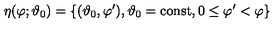
\eta ( \varphi ; \vartheta _ { 0 } ) = \{ ( \vartheta _ { 0 } , \varphi ^ { \prime } ) , \vartheta _ { 0 } = \mathrm { c o n s t } , 0 \leq \varphi ^ { \prime } < \varphi \}